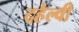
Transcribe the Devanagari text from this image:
दहेल्‍वी